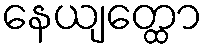
နေယျတ္ထော